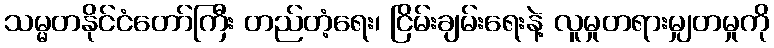
သမ္မတနိုင်ငံတော်ကြီး တည်တံ့ရေး၊ ငြိမ်းချမ်းရေးနဲ့ လူမှုတရားမျှတမှုကို